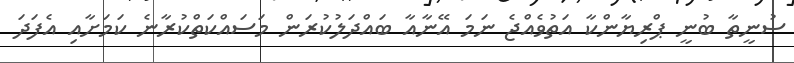
ސުނީތާ ބުނީ ޕްރިޔާންކާ އަތުވެއްޖެ ނަމަ އޭނާއާ ބައްދަލުކުރަން މަސައްކަތްކުރާނެ ކަމަށާއި އެފަދަ